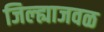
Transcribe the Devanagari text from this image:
जिल्ह्याजवळ